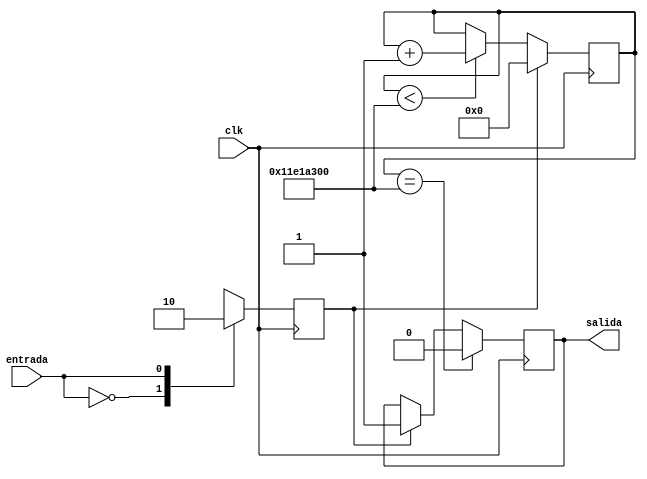
module Sensor (clk, entrada, salida);

input clk;
input  entrada;

output reg salida;

reg detecta=0;
reg [28:0] c=0;

always @(posedge clk) begin
	case(entrada)
		'b0: detecta<=1; 
		'b1: detecta<=0;
	endcase
end

always @(posedge clk) begin
	if(detecta) begin c<=0; salida<=1; end
	else if(c<300_000_000) begin
		c<=c+1;
	end
	if(c==300_000_000) salida<=0;
end


endmodule